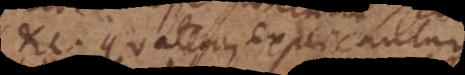
etc. quatenus explicantur